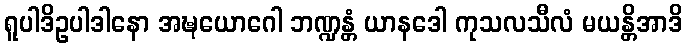
ရူပါဒိဥပါဒါနော အဍ္ဎယောဂေါ ဘဏ္ဍန္တံ ယာနဒေါ ကုသလသီလံ မယန္တိအာဒိ